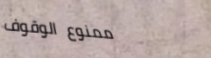
ممنوع الوقوف